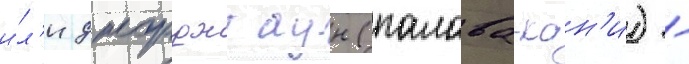
и́л'и джорджтаун (палава-кан'и) -